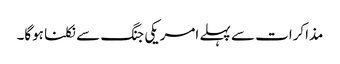
مذاکرات سے پہلے امریکی جنگ سے نکلنا ہوگا۔